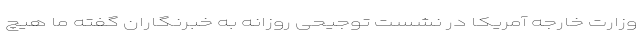
وزارت خارجه آمریکا در نشست توجیحی روزانه به خبرنگاران گفته ما هیچ